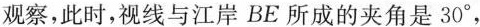
观察，此时，视线与江岸BE所成的夹角是30^{\circ} ，